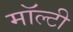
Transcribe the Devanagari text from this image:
मॉल्टी